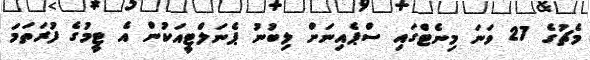
މެޗުގެ 27 ވަނަ މިނެޓްގައި ސްޕެއިނަށް ލިބުނު ޕެނަލްޓީއަކުން އެ ޓީމުގެ ފުރަތަމަ